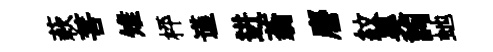
蔌菩雉枰谨进蓊譍紋昊詢虵